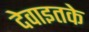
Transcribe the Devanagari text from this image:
देवाइतके